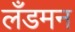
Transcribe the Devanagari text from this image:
लँडमन